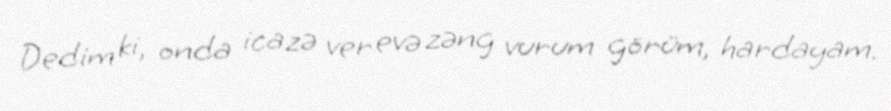
Dedim ki, onda icazə ver evə zəng vurum görüm, hardayam.